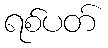
ရစ်ပတ်